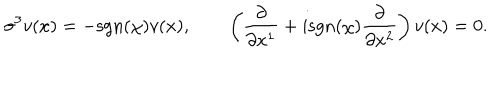
\sigma ^ { 3 } v ( x ) = - \mathrm { s g n } ( \chi ) v ( x ) , \qquad \left( \frac { \partial } { \partial x ^ { 1 } } + i \mathrm { s g n } ( \chi ) \frac { \partial } { \partial x ^ { 2 } } \right) v ( x ) = 0 .